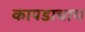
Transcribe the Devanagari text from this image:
कापडाचाच